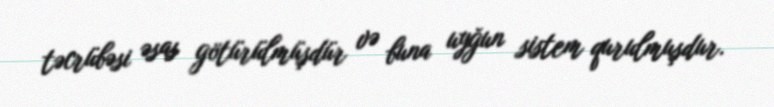
təcrübəsi əsas götürülmüşdür və buna uyğun sistem qurulmuşdur.